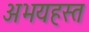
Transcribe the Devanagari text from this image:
अभयहस्त